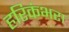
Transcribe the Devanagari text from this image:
हरिकंभरा